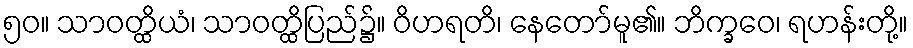
၅၀။ သာဝတ္ထိယံ၊ သာဝတ္ထိပြည်၌။ ဝိဟရတိ၊ နေတော်မူ၏။ ဘိက္ခဝေ၊ ရဟန်းတို့။